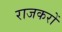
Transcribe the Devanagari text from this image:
राजकरों